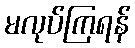
မလုပ်ကြရန်